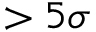
> 5 \sigma